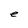
Character: e